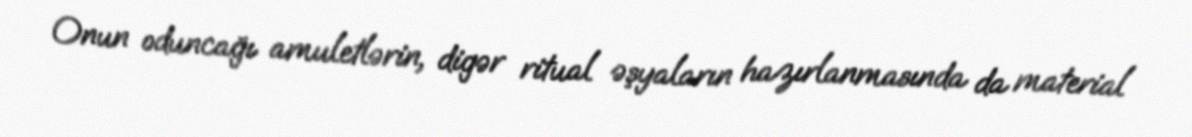
Onun oduncağı amuletlərin, digər ritual əşyaların hazırlanmasında da material